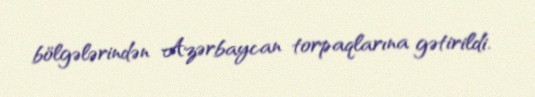
bölgələrindən Azərbaycan torpaqlarına gətirildi.